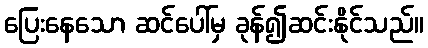
ပြေးနေသော ဆင်ပေါ်မှ ခုန်၍ဆင်းနိုင်သည်။